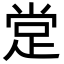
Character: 䟫